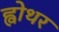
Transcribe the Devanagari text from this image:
ह्वोथर